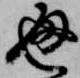
通